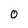
Character: 0